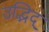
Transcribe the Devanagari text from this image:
उद्भिद्